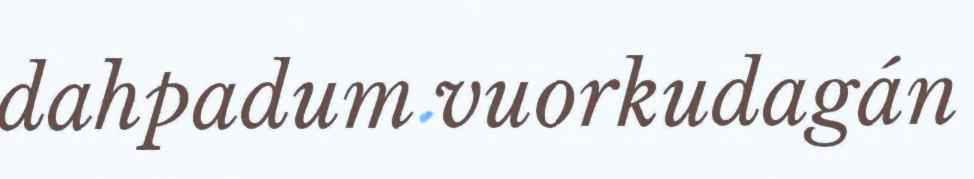
dahpadum vuorkudagán